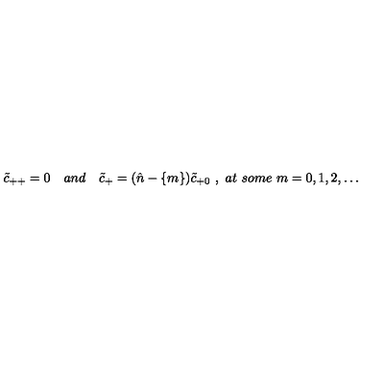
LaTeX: \tilde { c } _ { + + } = 0 \quad a n d \quad \tilde { c } _ { + } = ( { \hat { n } } - \{ m \} ) \tilde { c } _ { + 0 } \ , \ a t \ s o m e \ m = 0 , 1 , 2 , \dots